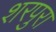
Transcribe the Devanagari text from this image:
शरपुरा